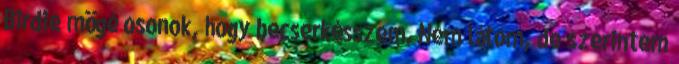
Birdie mögé osonok, hogy becserkésszem. Nem látom, de szerintem